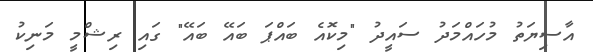
އާސިޔަތު މުހައްމަދު ސައީދު "މިކޮއެ ބައްޕަ ބައޭ ބައޭ" ގައި ރިޝްމީ މަނިކު